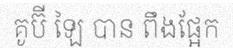
គូប៊ី ឡៃ បាន ពឹងផ្អែក